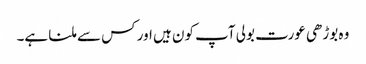
وہ بوڑھی عورت بولی آپ کون ہیں اور کس سے ملنا ہے۔